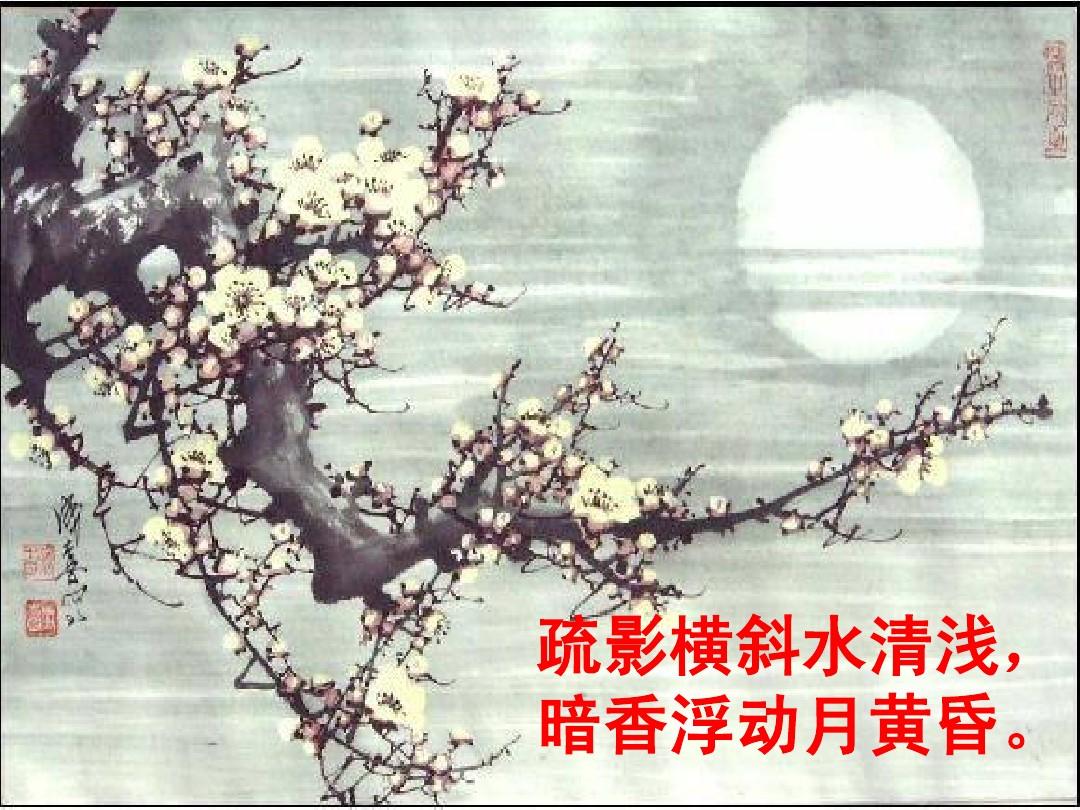
疏影横斜水清浅，暗香浮动月黄昏。